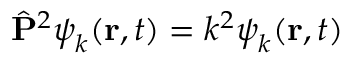
\hat { \mathbf { P } } ^ { 2 } \boldsymbol { \psi } _ { k } ( \mathbf { r } , t ) = k ^ { 2 } \boldsymbol { \psi } _ { k } ( \mathbf { r } , t )